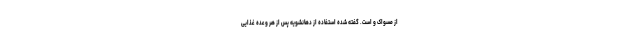
از مسواک و است. گفته شده استفاده از دهانشویه پس از هر وعده غذایی